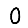
Digit: 0